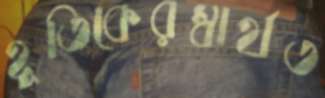
হূতিকেরস্বার্থত